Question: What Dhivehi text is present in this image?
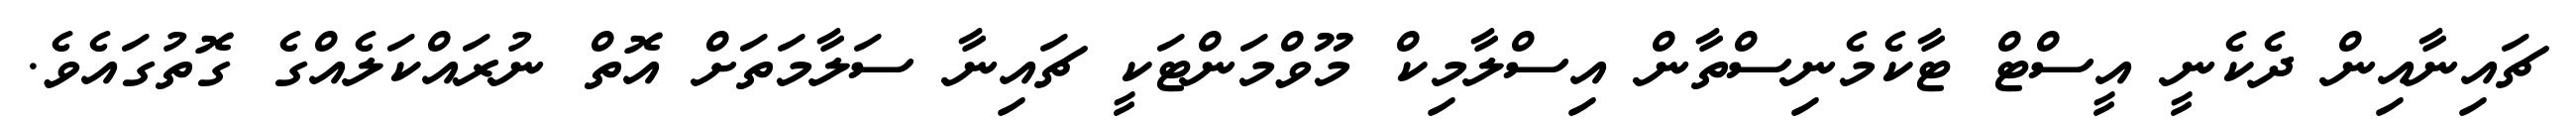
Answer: ޗައިނާއިން ދެކެނީ އީސްޓް ޓާކެމެނިސްތާން އިސްލާމިކް މޫވްމަންޓަކީ ޗައިނާ ސަލާމަތަށް އޮތް ނުރައްކަލެއްގެ ގޮތުގައެވެ.